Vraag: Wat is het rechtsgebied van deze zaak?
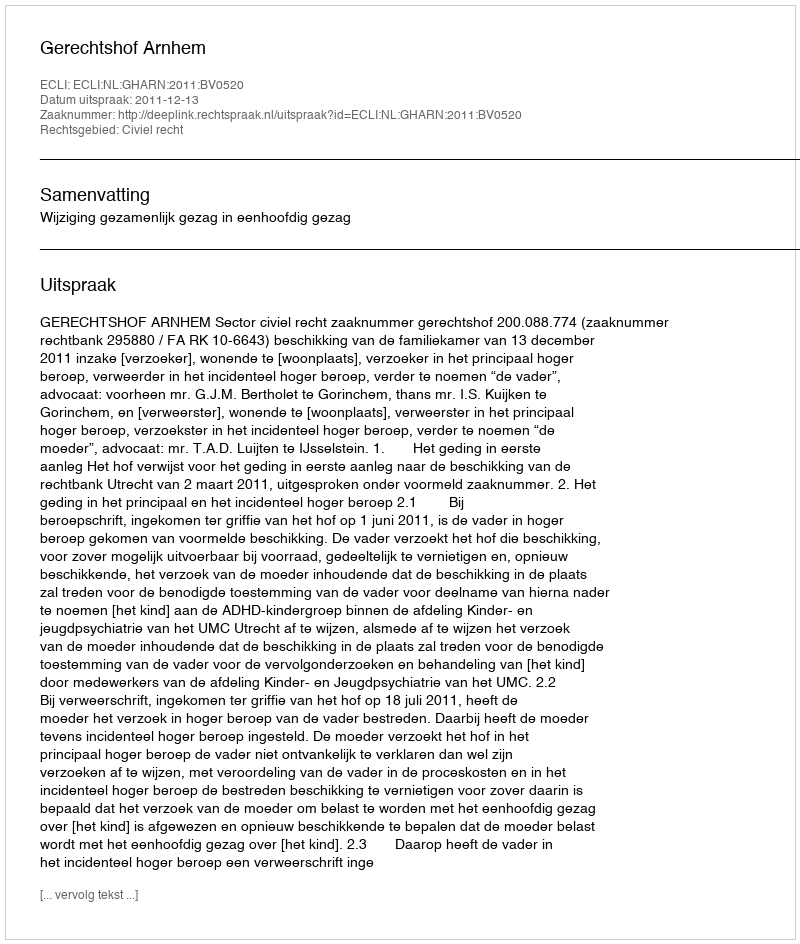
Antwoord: Civiel recht